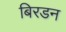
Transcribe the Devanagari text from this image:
बिरडन